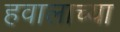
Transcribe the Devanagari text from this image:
हवालाच्या